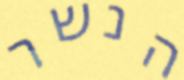
הנשר